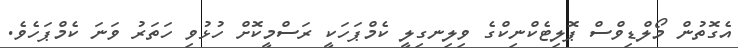
އެގޮތުން މޯލްޑިވްސް ޕޮލިޓެކްނިކްގެ ވިލިނގިލީ ކެމްޕަހަކީ ރަސްމީކޮށް ހުޅުވި ހަތަރު ވަނަ ކެމްޕަހެވެ.